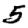
Digit: 5